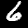
Digit: 6